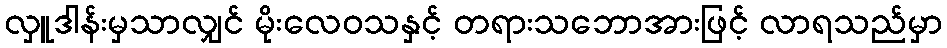
လှူဒါန်းမှသာလျှင် မိုးလေဝသနှင့် တရားသဘောအားဖြင့် လာရသည်မှာ